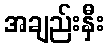
အချည်းနှီး